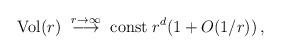
LaTeX: \begin{align*} {\rm Vol}(r) ~\stackrel{r\rightarrow \infty}{\longrightarrow} ~ {\rm const}\; r^d(1+O(1/r)) \, ,\end{align*}